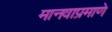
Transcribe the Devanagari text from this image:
मानवाप्रमाणे